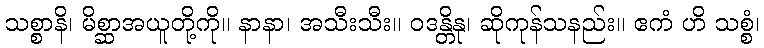
သစ္စာနိ၊ မိစ္ဆာအယူတို့ကို။ နာနာ၊ အသီးသီး။ ဝဒန္တိနု၊ ဆိုကုန်သနည်း။ ဧကံ ဟိ သစ္စံ၊